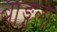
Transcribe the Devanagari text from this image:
बाङ्गला